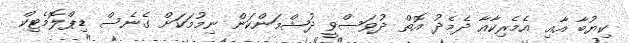
ކިޔުބާ އާއި އެމެރިކާއާ ދެމެދު އޮތް ދުވަސްވީ ދުޝްމަންކަން ނިމުމަކަށް ގެނެސް ޑިޕްލޮމެޓިކް